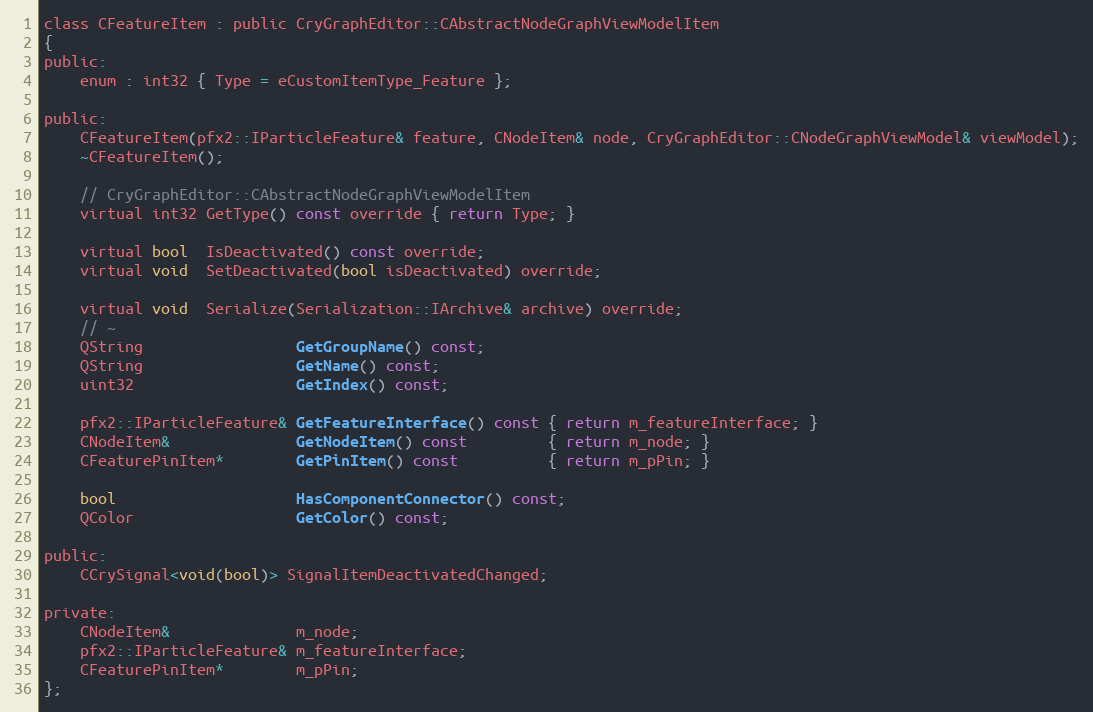
Language: C
class CFeatureItem : public CryGraphEditor::CAbstractNodeGraphViewModelItem
{
public:
	enum : int32 { Type = eCustomItemType_Feature };

public:
	CFeatureItem(pfx2::IParticleFeature& feature, CNodeItem& node, CryGraphEditor::CNodeGraphViewModel& viewModel);
	~CFeatureItem();

	// CryGraphEditor::CAbstractNodeGraphViewModelItem
	virtual int32 GetType() const override { return Type; }

	virtual bool  IsDeactivated() const override;
	virtual void  SetDeactivated(bool isDeactivated) override;

	virtual void  Serialize(Serialization::IArchive& archive) override;
	// ~
	QString                 GetGroupName() const;
	QString                 GetName() const;
	uint32                  GetIndex() const;

	pfx2::IParticleFeature& GetFeatureInterface() const { return m_featureInterface; }
	CNodeItem&              GetNodeItem() const         { return m_node; }
	CFeaturePinItem*        GetPinItem() const          { return m_pPin; }

	bool                    HasComponentConnector() const;
	QColor                  GetColor() const;

public:
	CCrySignal<void(bool)> SignalItemDeactivatedChanged;

private:
	CNodeItem&              m_node;
	pfx2::IParticleFeature& m_featureInterface;
	CFeaturePinItem*        m_pPin;
};